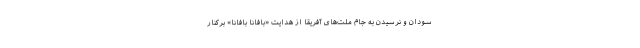
سودان و نرسیدن به جام ملت‌های آفریقا از هدایت «بافانا بافانا» برکنار